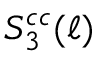
S _ { 3 } ^ { c c } ( \ell )